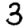
Digit: 3